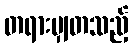
တရားမျှတသည့်